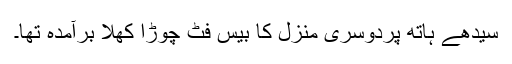
سیدھے ہاتھ پردوسری منزل کا بیس فٹ چوڑا کھلا برآمدہ تھا۔